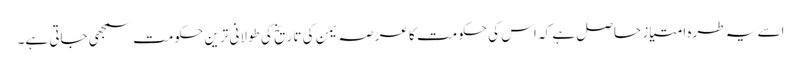
اسے یہ طرہ امتیاز حاصل ہے کہ اس کی حکومت کا عرصہ یمن کی تاریخ کی طولانی ترین حکومت سمجھی جاتی ہے۔